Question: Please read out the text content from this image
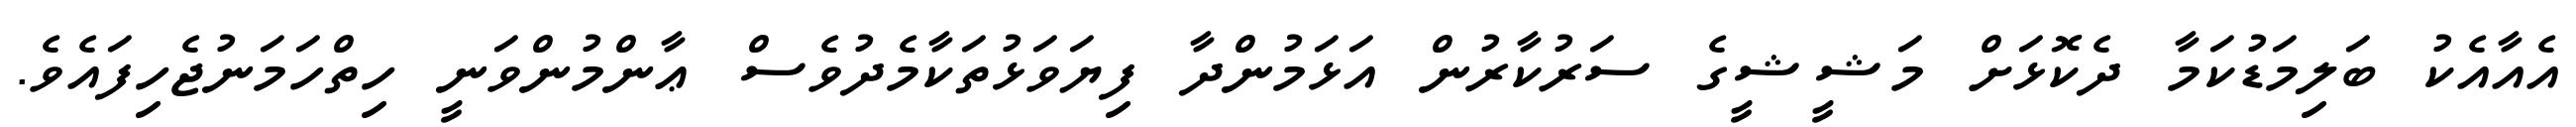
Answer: އެއާއެކު ބަލިމަޑުކަމާ ދެކޮޅަށް މަޝީޝީގެ ސަރުކާރުން އަޅަމުންދާ ފިޔަވަޅުތަކާމެދުވެސް ޢާންމުންވަނީ ހިތްހަމަނުޖެހިފައެވެ.